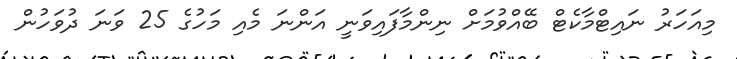
މިއަހަރު ނައިޓްމާކެޓް ބޭއްވުމަށް ނިންމާފައިވަނީ އަންނަ މެއި މަހުގެ 25 ވަނަ ދުވަހުން